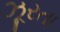
ઝૂરતા